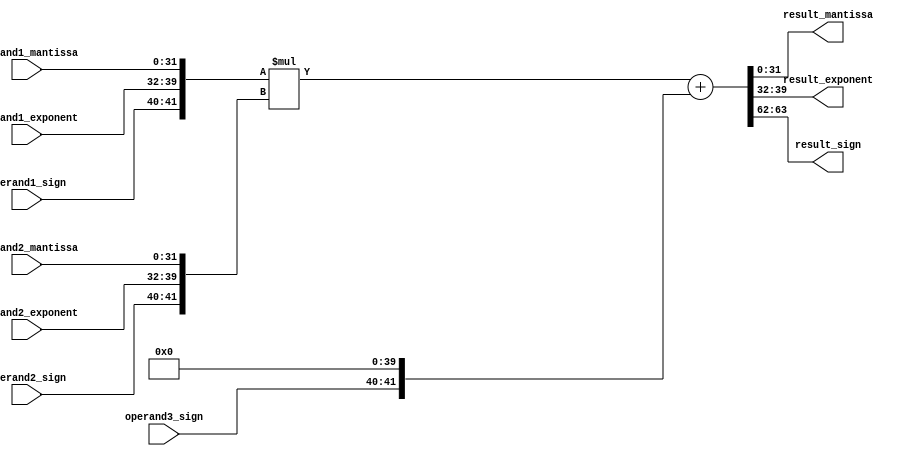
module fused_multiply_add (
    input wire [31:0] operand1_mantissa,
    input wire [31:0] operand2_mantissa,
    input wire [7:0] operand1_exponent,
    input wire [7:0] operand2_exponent,
    input wire [1:0] operand1_sign,
    input wire [1:0] operand2_sign,
    input wire [1:0] operand3_sign,
    
    output wire [31:0] result_mantissa,
    output wire [7:0] result_exponent,
    output wire [1:0] result_sign
);

wire [63:0] operand1;
wire [63:0] operand2;
wire [63:0] operand3;
wire [63:0] intermediate_result;
wire [31:0] mantissa_result;
wire [7:0] exponent_result;
wire [1:0] sign_result;

assign operand1 = {operand1_sign, operand1_exponent, operand1_mantissa};
assign operand2 = {operand2_sign, operand2_exponent, operand2_mantissa};
assign operand3 = {operand3_sign, {8{1'b0}}, 0}; // additional floating point number can be added here

assign intermediate_result = operand1 * operand2 + operand3;
assign mantissa_result = intermediate_result[31:0];
assign exponent_result = intermediate_result[39:32];
assign sign_result = intermediate_result[63:62];

assign result_mantissa = mantissa_result;
assign result_exponent = exponent_result;
assign result_sign = sign_result;

endmodule